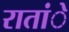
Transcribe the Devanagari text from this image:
रातांे